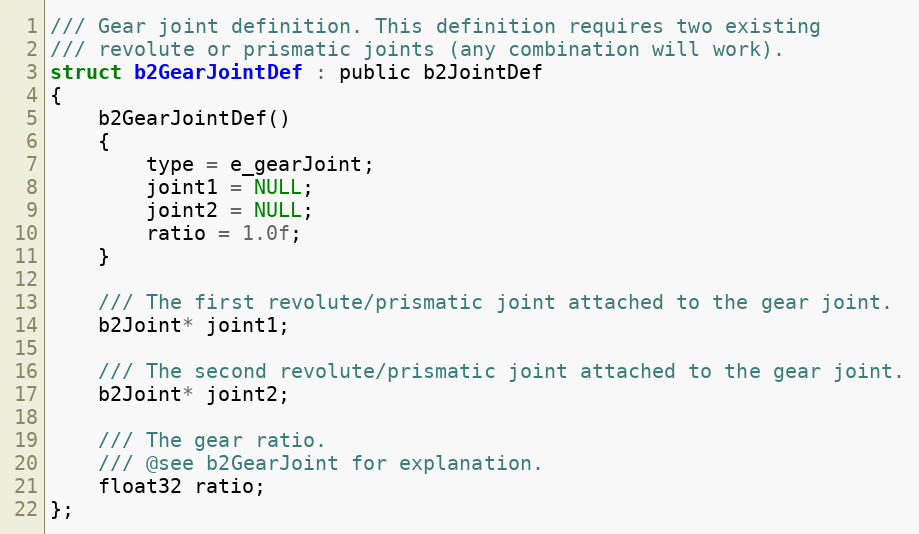
Language: C
/// Gear joint definition. This definition requires two existing
/// revolute or prismatic joints (any combination will work).
struct b2GearJointDef : public b2JointDef
{
	b2GearJointDef()
	{
		type = e_gearJoint;
		joint1 = NULL;
		joint2 = NULL;
		ratio = 1.0f;
	}

	/// The first revolute/prismatic joint attached to the gear joint.
	b2Joint* joint1;

	/// The second revolute/prismatic joint attached to the gear joint.
	b2Joint* joint2;

	/// The gear ratio.
	/// @see b2GearJoint for explanation.
	float32 ratio;
};